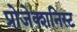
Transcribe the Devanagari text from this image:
प्रोजेक्शनिस्ट